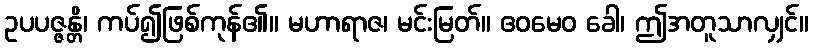
ဥပပဇ္ဇန္တိ၊ ကပ်၍ဖြစ်ကုန်၏။ မဟာရာဇ၊ မင်းမြတ်။ ဧဝမေဝ ခေါ၊ ဤအတူသာလျှင်။